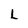
Character: L